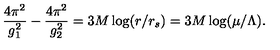
{ \frac { 4 \pi ^ { 2 } } { g _ { 1 } ^ { 2 } } } - { \frac { 4 \pi ^ { 2 } } { g _ { 2 } ^ { 2 } } } = 3 M \log ( r / r _ { s } ) = 3 M \log ( \mu / \Lambda ) .